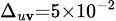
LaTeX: \scriptstyle\Delta_{u\mathbf{v}}=5\times10^{-2}